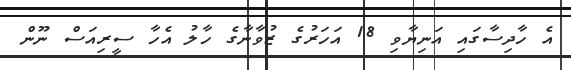
އެ ހާދިސާގައި އަނިޔާވި 18 އަހަރުގެ ޒުވާނާގެ ހާލު އެހާ ސީރިއަސް ނޫން